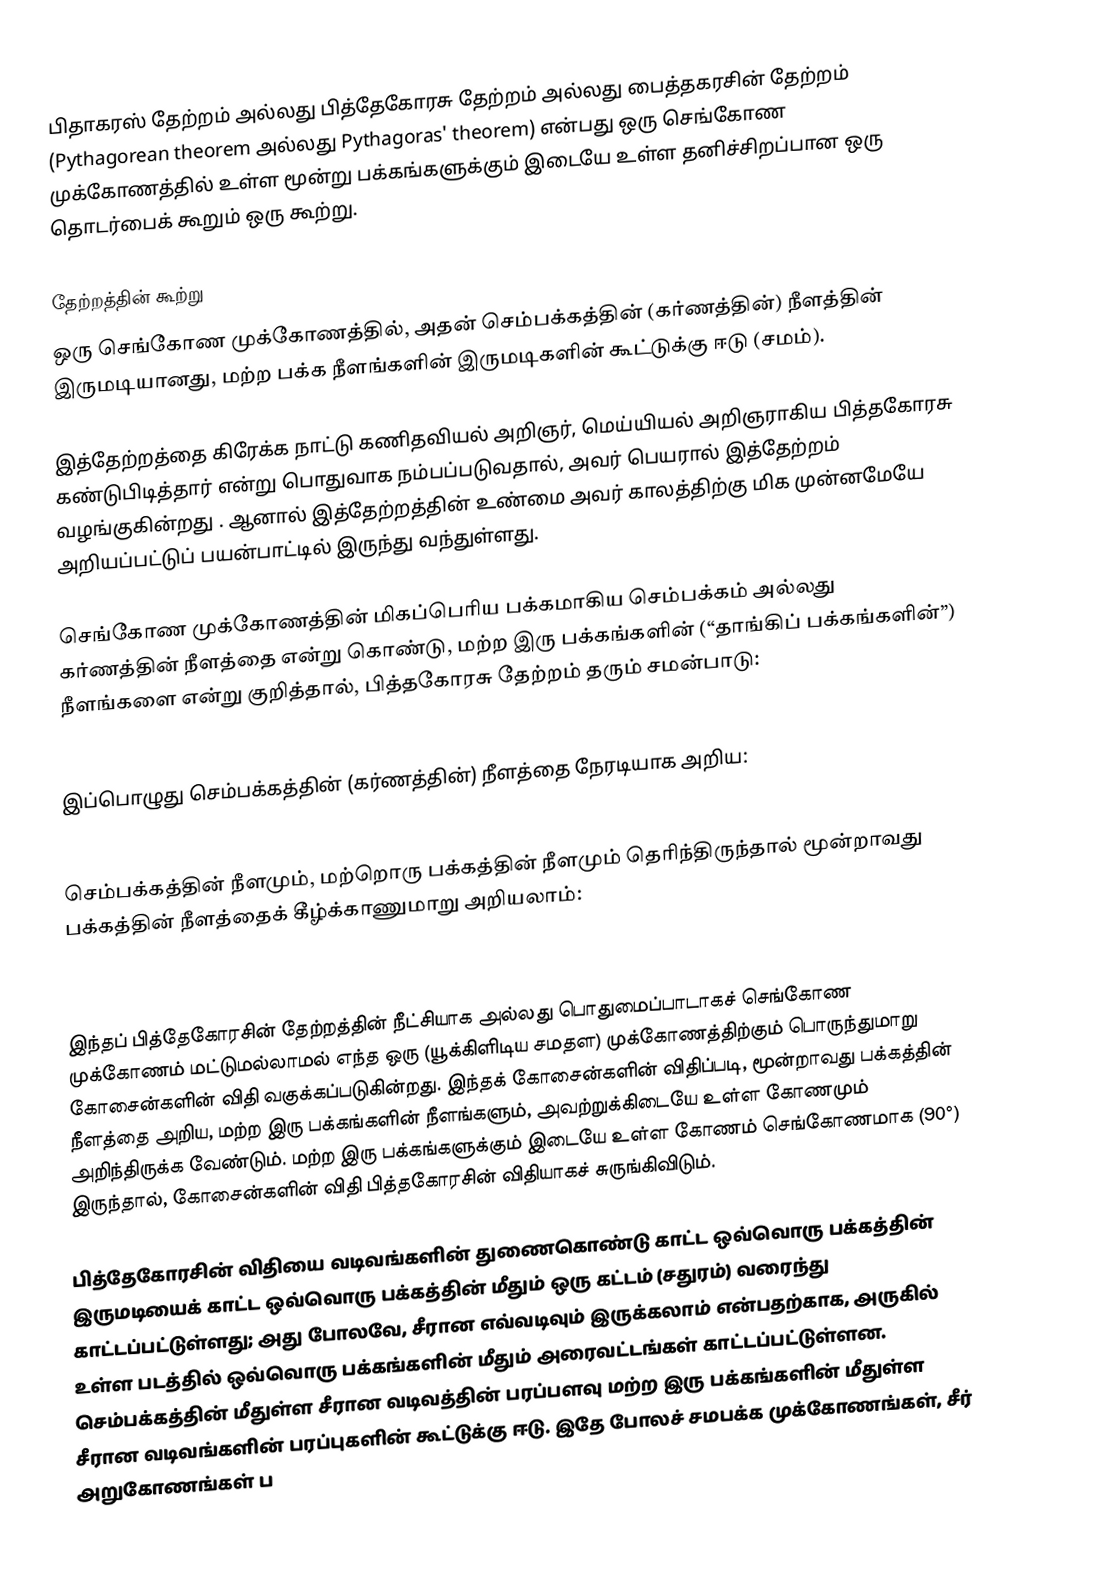
பிதாகரஸ் தேற்றம் அல்லது பித்தேகோரசு தேற்றம் அல்லது பைத்தகரசின் தேற்றம் (Pythagorean theorem அல்லது Pythagoras' theorem) என்பது ஒரு செங்கோண முக்கோணத்தில் உள்ள மூன்று பக்கங்களுக்கும் இடையே உள்ள தனிச்சிறப்பான ஒரு தொடர்பைக் கூறும் ஒரு கூற்று.

தேற்றத்தின் கூற்று
ஒரு செங்கோண முக்கோணத்தில், அதன் செம்பக்கத்தின் (கர்ணத்தின்) நீளத்தின் இருமடியானது, மற்ற பக்க நீளங்களின் இருமடிகளின் கூட்டுக்கு ஈடு (சமம்).

இத்தேற்றத்தை கிரேக்க நாட்டு கணிதவியல் அறிஞர், மெய்யியல் அறிஞராகிய பித்தகோரசு கண்டுபிடித்தார் என்று பொதுவாக நம்பப்படுவதால், அவர் பெயரால் இத்தேற்றம் வழங்குகின்றது . ஆனால் இத்தேற்றத்தின் உண்மை அவர் காலத்திற்கு மிக முன்னமேயே அறியப்பட்டுப் பயன்பாட்டில் இருந்து வந்துள்ளது.

செங்கோண முக்கோணத்தின் மிகப்பெரிய பக்கமாகிய செம்பக்கம் அல்லது கர்ணத்தின் நீளத்தை  என்று கொண்டு, மற்ற இரு பக்கங்களின் (“தாங்கிப் பக்கங்களின்”) நீளங்களை என்று குறித்தால், பித்தகோரசு தேற்றம் தரும் சமன்பாடு:

இப்பொழுது செம்பக்கத்தின் (கர்ணத்தின்) நீளத்தை நேரடியாக அறிய:

செம்பக்கத்தின் நீளமும், மற்றொரு பக்கத்தின் நீளமும் தெரிந்திருந்தால் மூன்றாவது பக்கத்தின் நீளத்தைக் கீழ்க்காணுமாறு அறியலாம்:

இந்தப் பித்தேகோரசின் தேற்றத்தின் நீட்சியாக அல்லது பொதுமைப்பாடாகச் செங்கோண முக்கோணம் மட்டுமல்லாமல் எந்த ஒரு (யூக்கிளிடிய சமதள) முக்கோணத்திற்கும் பொருந்துமாறு கோசைன்களின் விதி வகுக்கப்படுகின்றது. இந்தக் கோசைன்களின் விதிப்படி, மூன்றாவது பக்கத்தின் நீளத்தை அறிய, மற்ற இரு பக்கங்களின் நீளங்களும், அவற்றுக்கிடையே உள்ள கோணமும் அறிந்திருக்க வேண்டும். மற்ற இரு பக்கங்களுக்கும் இடையே உள்ள கோணம் செங்கோணமாக (90°) இருந்தால், கோசைன்களின் விதி பித்தகோரசின் விதியாகச் சுருங்கிவிடும்.

பித்தேகோரசின் விதியை வடிவங்களின் துணைகொண்டு காட்ட ஒவ்வொரு பக்கத்தின் இருமடியைக் காட்ட ஒவ்வொரு பக்கத்தின் மீதும் ஒரு கட்டம் (சதுரம்) வரைந்து காட்டப்பட்டுள்ளது; அது போலவே, சீரான எவ்வடிவும் இருக்கலாம் என்பதற்காக, அருகில் உள்ள படத்தில் ஒவ்வொரு பக்கங்களின் மீதும் அரைவட்டங்கள் காட்டப்பட்டுள்ளன. செம்பக்கத்தின் மீதுள்ள சீரான வடிவத்தின் பரப்பளவு மற்ற இரு பக்கங்களின் மீதுள்ள சீரான வடிவங்களின் பரப்புகளின் கூட்டுக்கு ஈடு. இதே போலச் சமபக்க முக்கோணங்கள், சீர் அறுகோணங்கள் ப